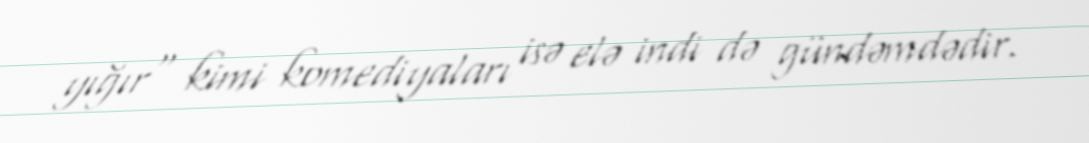
yığır" kimi komediyaları isə elə indi də gündəmdədir.